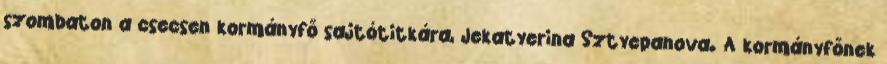
szombaton a csecsen kormányfő sajtótitkára, Jekatyerina Sztyepanova. A kormányfőnek